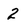
Character: 2